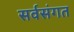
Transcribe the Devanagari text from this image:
सर्वसंगत